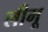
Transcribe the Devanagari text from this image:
लीमू